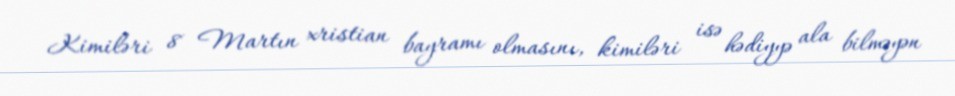
Kimiləri 8 Martın xristian bayramı olmasını, kimiləri isə hədiyyə ala bilməyən